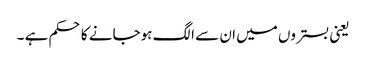
یعنی بستروں میں ان سے الگ ہوجانے کا حکم ہے ۔